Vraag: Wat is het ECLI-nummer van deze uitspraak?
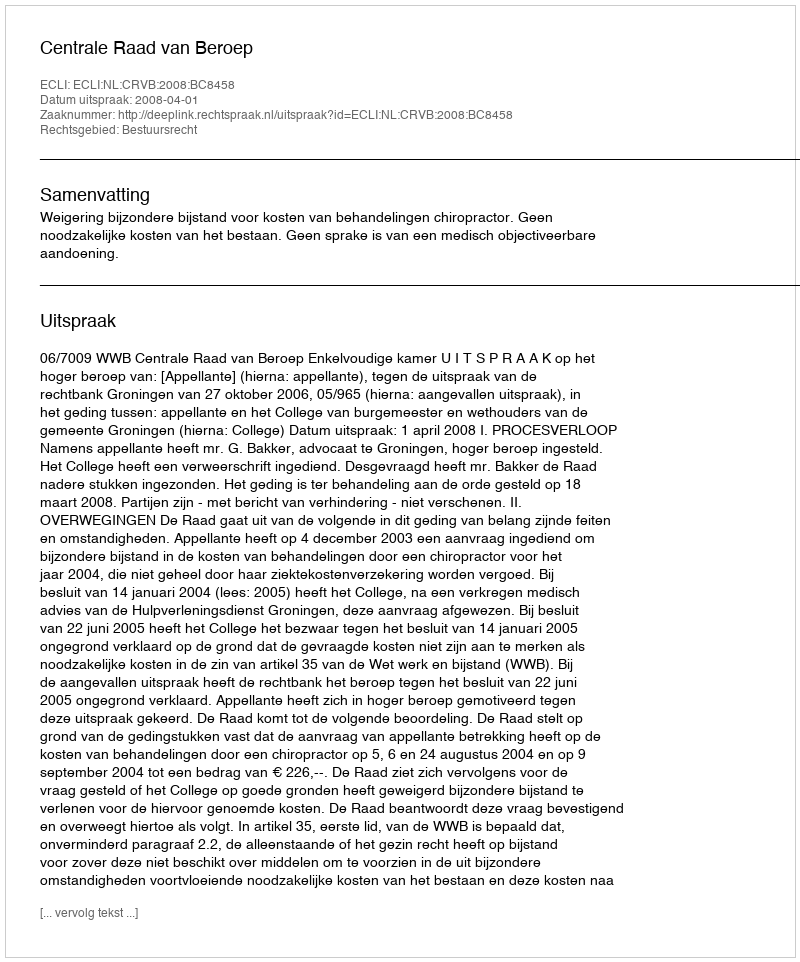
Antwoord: ECLI:NL:CRVB:2008:BC8458